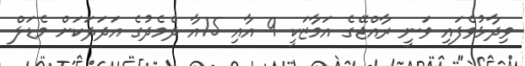
ވިދާޅުވެފައި ވަނީ ރާއްޖޭގެ އަމާޒަކީ 9 އާއި 15އާ ދެމެދުގެ އަދަދަކަށް މެޑަލް